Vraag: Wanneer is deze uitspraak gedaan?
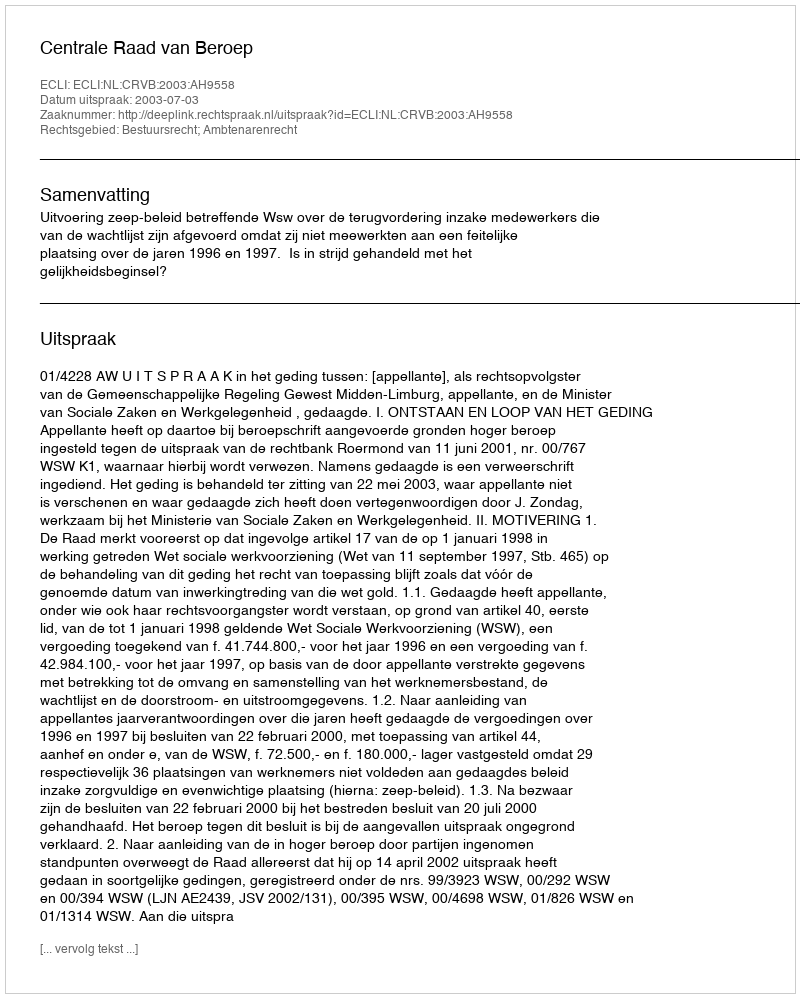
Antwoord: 2003-07-03